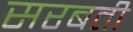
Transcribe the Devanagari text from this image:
सरबती